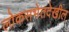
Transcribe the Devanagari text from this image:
लोकसभेतदेखील